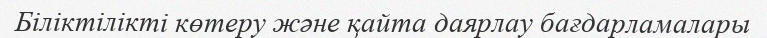
Біліктілікті көтеру және қайта даярлау бағдарламалары